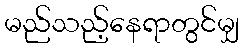
မည်သည့်နေရာတွင်မျှ